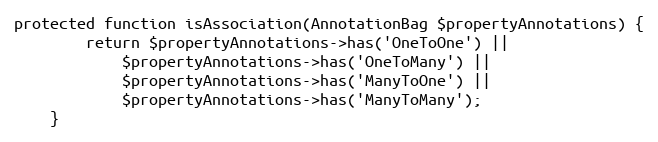
Language: PHP
protected function isAssociation(AnnotationBag $propertyAnnotations) {
		return $propertyAnnotations->has('OneToOne') ||
			$propertyAnnotations->has('OneToMany') ||
			$propertyAnnotations->has('ManyToOne') ||
			$propertyAnnotations->has('ManyToMany');
	}